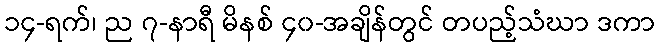
၁၄-ရက်၊ ည ၇-နာရီ မိနစ် ၄၀-အချိန်တွင် တပည့်သံဃာ ဒကာ